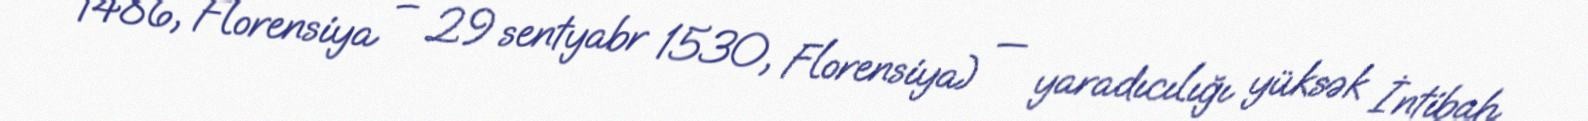
1486, Florensiya – 29 sentyabr 1530, Florensiya) — yaradıcılığı yüksək İntibah